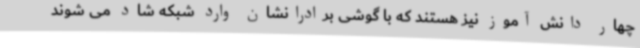
چهار دانش آموز نیز هستند که با گوشی برادرانشان وارد شبکه شاد می شوند